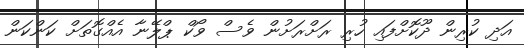
އަދި ކުރިން ދޫކޮށްފައި ހުރި ރަށްރަށުން ވެސް ވޯކް ޕްލޭނާ އެއްގޮތަށް ކަންކަން